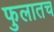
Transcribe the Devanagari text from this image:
फुलातच